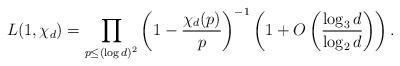
LaTeX: \begin{align*}L(1, \chi_d)= \prod_{p\leq (\log d)^2}\left(1-\frac{\chi_d(p)}{p}\right)^{-1}\left(1+O\left(\frac{\log_3 d}{\log_2 d}\right)\right).\end{align*}